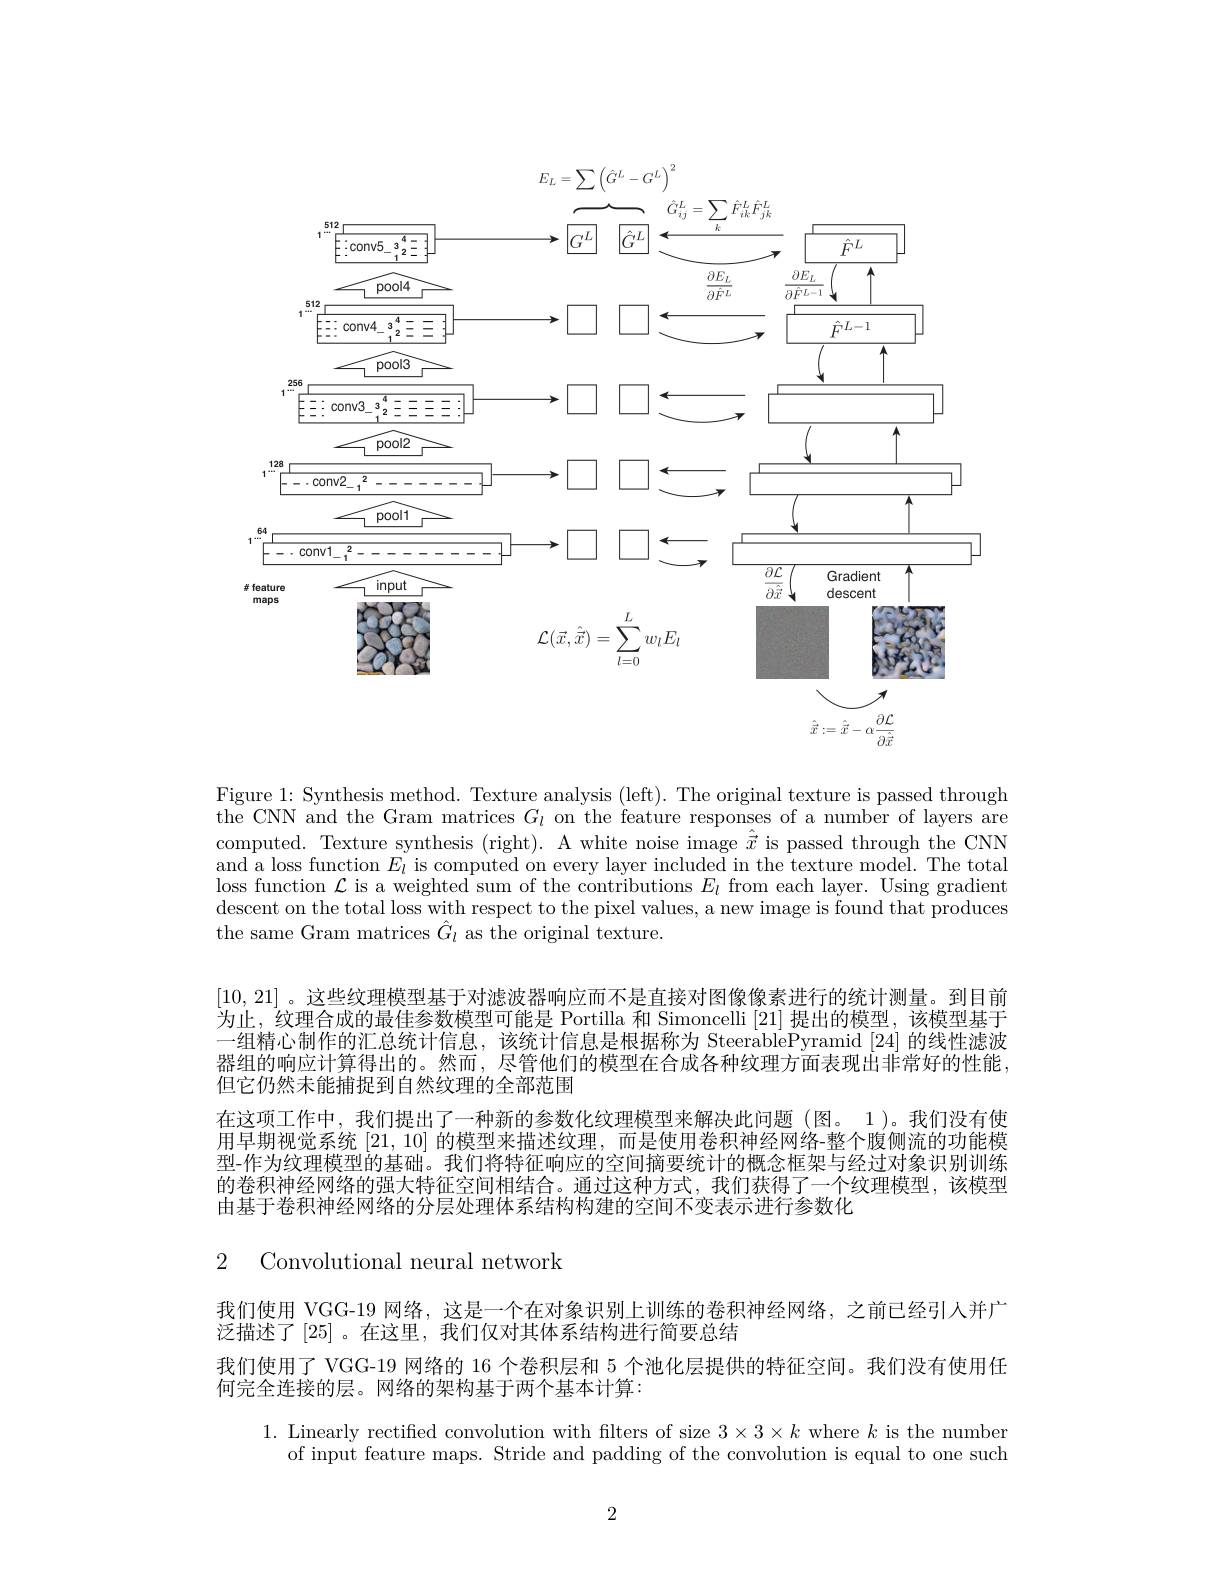
<FigureHere>

$\hat{\vec{x}}:=\hat{\vec{x}}-\alpha\frac{\partial\mathcal{L}}{\partial\hat{\vec{x}}}$

Figure 1: Synthesis method. Texture analysis (left). The original texture is passed through the CNN and the Gram matrices $G_l$ on the feature responses of a number of layers are computed. Texture synthesis (right). A white noise image $\hat{\vec{x}}$ is passed through the CNN and a loss function $E_l$ is computed on every layer included in the texture model. The total loss function $\mathcal{L}$ is a weighted sum of the contributions $E_l$ from each layer. Using gradient descent on the total loss with respect to the pixel values, a new image is found that produces the same Gram matrices $\hat{G}_l$ as the original texture.

[10,21] 。这些纹理模型基于对滤波器响应而不是直接对图像像素进行的统计测量。到目前为止，纹理合成的最佳参数模型可能是 Portilla 和 Simoncelli [21] 提出的模型，该模型基于一组精心制作的汇总统计信息，该统计信息是根据称为 SteerablePyramid [24] 的线性滤波器组的响应计算得出的。然而，尽管他们的模型在合成各种纹理方面表现出非常好的性能但它仍然未能捕捉到自然纹理的全部范围
在这项工作中，我们提出了一种新的参数化纹理模型来解决此问题(图。1)。我们没有使用早期视觉系统[21,10]的模型来描述纹理，而是使用卷积神经网络-整个腹侧流的功能模型-作为纹理模型的基础。我们将特征响应的空间摘要统计的概念框架与经过对象识别训练的卷积神经网络的强大特征空间相结合。通过这种方式，我们获得了一个纹理模型，该模型由基于卷积神经网络的分层处理体系结构构建的空间不变表示进行参数化

### 2 Convolutional neural network

我们使用 VGG-19 网络，这是一个在对象识别上训练的卷积神经网络，之前已经引人并广
泛描述了[25]。在这里，我们仅对其体系结构进行简要总结
我们使用了 VGG-19 网络的 16 个卷积层和 5 个池化层提供的特征空间。我们没有使用任
何完全连接的层。网络的架构基于两个基本计算：

1. Linearly rectified convolution with filters of size $3\times3\times k$ where $k$ is the number
of input feature maps. Stride and padding of the convolution is equal to one such

2